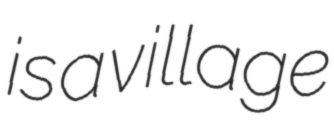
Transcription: is a village